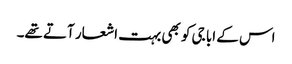
اس کے ابا جی کو بھی بہت اشعار آتے تھے۔